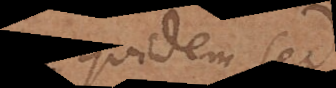
quidem, sed